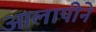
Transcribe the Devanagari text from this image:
आलापीने